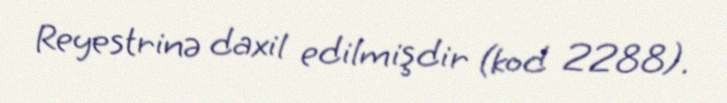
Reyestrinə daxil edilmişdir (kod 2288).